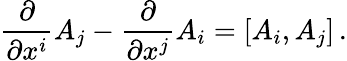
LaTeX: {\frac{\partial}{\partial x^{i}}}A_{j}-{\frac{\partial}{\partial x^{j}}}A_{i}=[A_{i},A_{j}]\, .